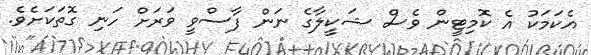
އެކަމަކު އެ ކޮމިޓީން ވެސް ޝަކީލާގެ ނަން ފާސްވީ ވަރަށް ހަނި ގޮތަކަށެވެ.